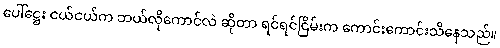
ပေါ်ဋ္ဌေး ငယ်ငယ်က ဘယ်လိုကောင်လဲ ဆိုတာ ရင်ရင်ငြိမ်းက ကောင်းကောင်းသိနေသည်။